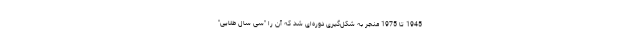
1945 تا 1975 منجر به شکل‌گیری دوره‌ای شد که آن را "سی سال طلایی"